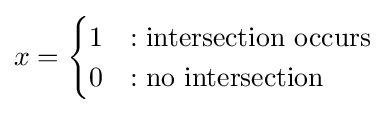
x={\begin{cases}1&:{\text{intersection occurs}}\\0&:{\text{no intersection}}\end{cases}}